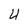
Character: U